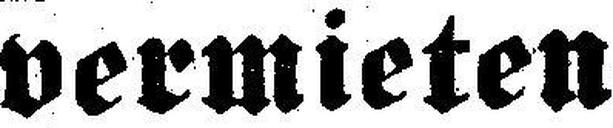
vermieten